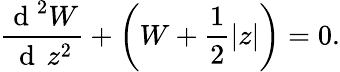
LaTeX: \frac{\mathrm{~d~}^{2}W}{\mathrm{~d~}\, z^{2}}+\left(W+\frac{1}{2}|z|\right)=0.